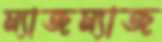
ম্যাজম্যাজ